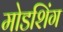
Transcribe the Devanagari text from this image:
मोडशिंग